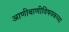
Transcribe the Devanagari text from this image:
आणीबाणीविषयकच्या